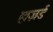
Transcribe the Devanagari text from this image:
हाज़र्ड